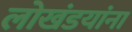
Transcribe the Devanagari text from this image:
लोखंडयांना